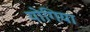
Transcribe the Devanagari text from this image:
योगिया